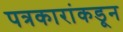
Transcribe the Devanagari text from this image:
पत्रकारांकडून